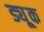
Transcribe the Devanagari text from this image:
ड्यू्क